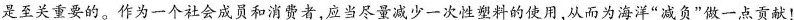
是至关重要的。作为一个社会成员和消费者，应当尽量减少一次性塑料的使用，从而为海洋”减负”做一点贡献！